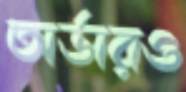
অর্ডারও